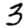
Digit: 3